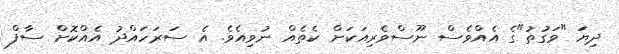
ދިޔަ "ވަގުތު"ގެ އެއްވެސް ނޫސްވެރިއަކަށް ކެތެއް ނުވިއެވެ. އެ ސަރަހައްދު އެއްކޮށް ސާފް